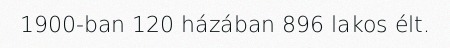
1900-ban 120 házában 896 lakos élt.